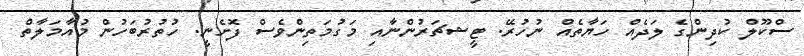
ސްކޫލް ކުދިންގެ ލަދެއް ހަޔާތެއް ނުހުރޭ. ޓީޝޗަރުންނާއި މަގުމަތިންވެސް ފޮށެނީ. ހުތުރުބަހުން މުއާމަލާތް